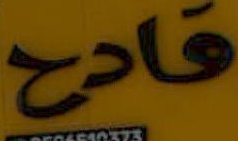
قادح